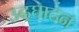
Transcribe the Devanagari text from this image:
उदघाटन